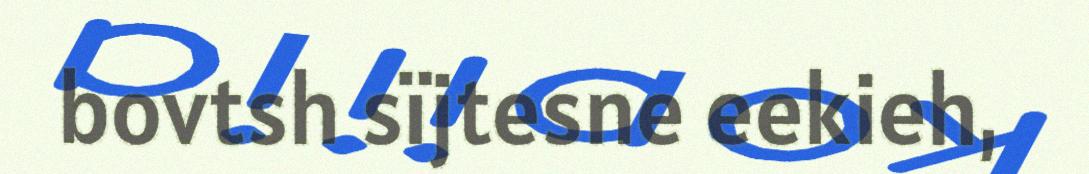
bovtsh sïjtesne eekieh,